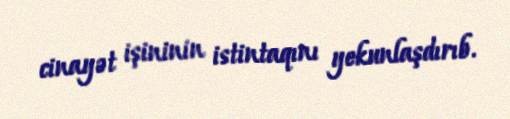
cinayət işininin istintaqını yekunlaşdırıb.